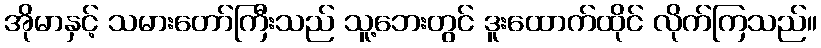
အိုမာနှင့် သမားတော်ကြီးသည် သူ့ဘေးတွင် ဒူးထောက်ထိုင် လိုက်ကြသည်။